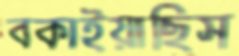
বকাইয়াছিস